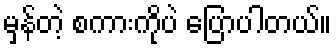
မှန်တဲ့ စကားကိုပဲ ပြောပါတယ်။